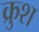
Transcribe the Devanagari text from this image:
क्रुश